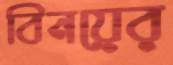
বিনয়ের